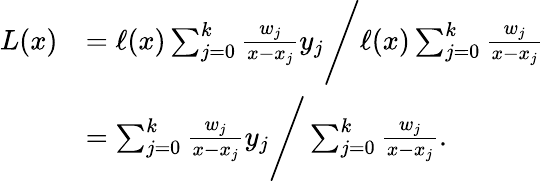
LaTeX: {\begin{array}{rl}{L(x)}&{=\ell(x)\sum_{j=0}^{k}{\frac{w_{j}}{x-x_{j}}}y_{j}{\Bigg/}\ell(x)\sum_{j=0}^{k}{\frac{w_{j}}{x-x_{j}}}}\\ &{=\sum_{j=0}^{k}{\frac{w_{j}}{x-x_{j}}}y_{j}{\Bigg/}\sum_{j=0}^{k}{\frac{w_{j}}{x-x_{j}}}.}\end{array}}